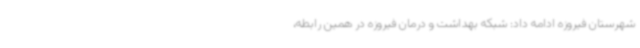
شهرستان فیروزه ادامه داد: شبکه بهداشت و درمان فیروزه در همین رابطه،